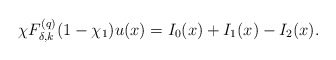
\begin{align*}\chi F^{(q)}_{\delta,k}(1-\chi_1)u(x)=I_0(x)+I_1(x)-I_2(x).\end{align*}